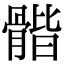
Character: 𩩰